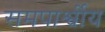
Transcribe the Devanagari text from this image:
समपार्श्वीय